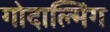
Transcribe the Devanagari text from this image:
गोदाल्मिंग